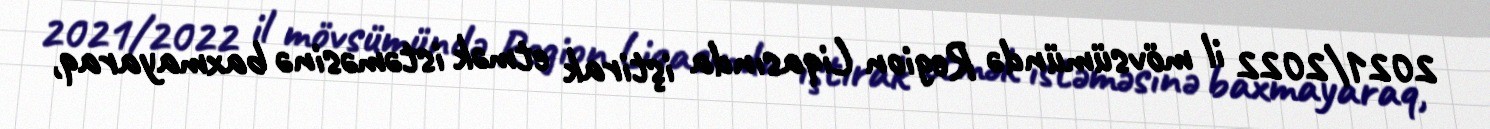
2021/2022 il mövsümündə Region Liqasında iştirak etmək istəməsinə baxmayaraq,